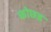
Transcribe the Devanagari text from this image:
कोछड